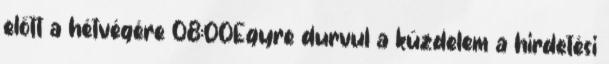
előtt a hétvégére 08:00Egyre durvul a küzdelem a hirdetési